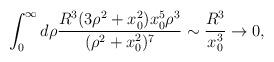
LaTeX: \begin{align*}\int_0^\infty d\rho {R^3 (3\rho^2+x_0^2)x_0^5\rho^3\over(\rho^2+x_0^2)^7}\sim{R^3\over x_0^3}\rightarrow 0,\end{align*}